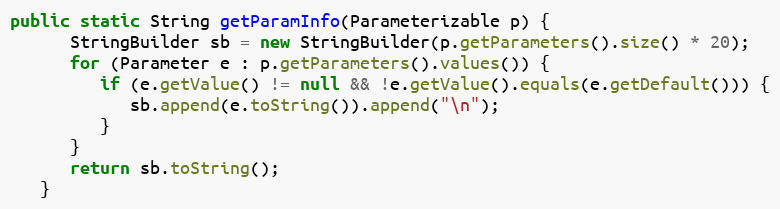
Language: Java
public static String getParamInfo(Parameterizable p) {
      StringBuilder sb = new StringBuilder(p.getParameters().size() * 20);
      for (Parameter e : p.getParameters().values()) {
         if (e.getValue() != null && !e.getValue().equals(e.getDefault())) {
            sb.append(e.toString()).append("\n");
         }
      }
      return sb.toString();
   }